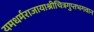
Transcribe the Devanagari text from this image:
यमधर्मराजायाश्रीचित्रगुप्तभगवान